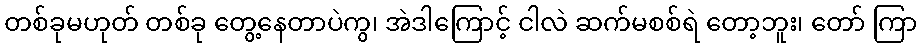
တစ်ခုမဟုတ် တစ်ခု တွေ့နေတာပဲကွ၊ အဲဒါကြောင့် ငါလဲ ဆက်မစစ်ရဲ တော့ဘူး၊ တော် ကြာ